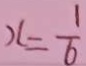
x = \frac { 1 } { 6 }